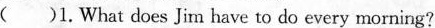
( )1.What does Jim have to do every morning?